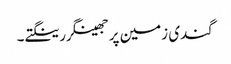
گندی زمین پر جھینگر رینگتے۔